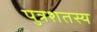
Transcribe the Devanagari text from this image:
पुत्रशतस्य